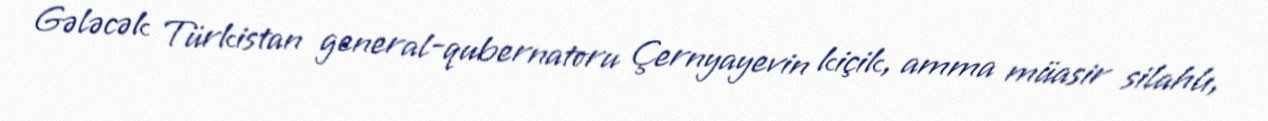
Gələcək Türkistan general-qubernatoru Çernyayevin kiçik, amma müasir silahlı,